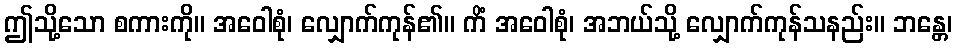
ဤသို့သော စကားကို။ အဝေါစုံ၊ လျှောက်ကုန်၏။ ကိံ အဝေါစုံ၊ အဘယ်သို့ လျှောက်ကုန်သနည်း။ ဘန္တေ၊